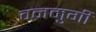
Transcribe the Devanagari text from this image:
वनमुर्गी